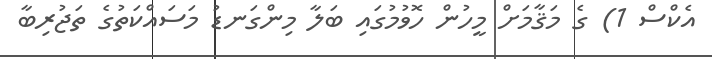
އެކްސް 1) ގެ މަޤާމަށް މީހުން ހޮވުމުގައި ބަލާ މިންގަނޑު މަސައްކަތުގެ ތަޖުރިބާ